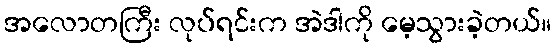
အလောတကြီး လုပ်ရင်းက အဲဒါကို မေ့သွားခဲ့တယ်။